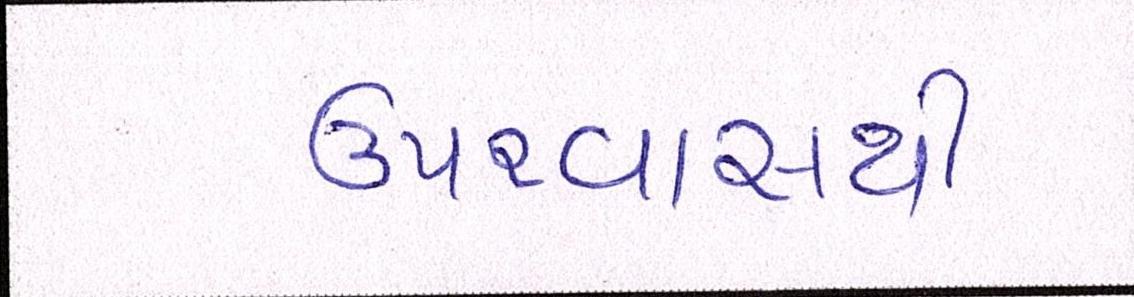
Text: ઉપરવાસથી